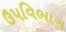
ઉપવિભાગ